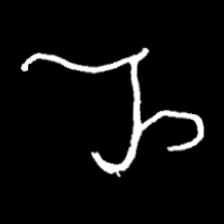
Pyu character \u2014 Myanmar letter: ည (romanized: nya)